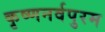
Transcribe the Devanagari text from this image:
कृष्णनर्वपुरम